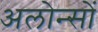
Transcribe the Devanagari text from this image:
अलोन्सों